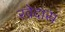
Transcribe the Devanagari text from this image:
रवेदास